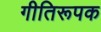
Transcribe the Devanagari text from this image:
गीतिरूपक